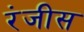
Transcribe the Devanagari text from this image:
रंजीस